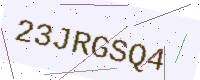
Text: 23JRGSQ4